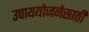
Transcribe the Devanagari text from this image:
उपाययोजनेसाठी